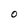
Character: O